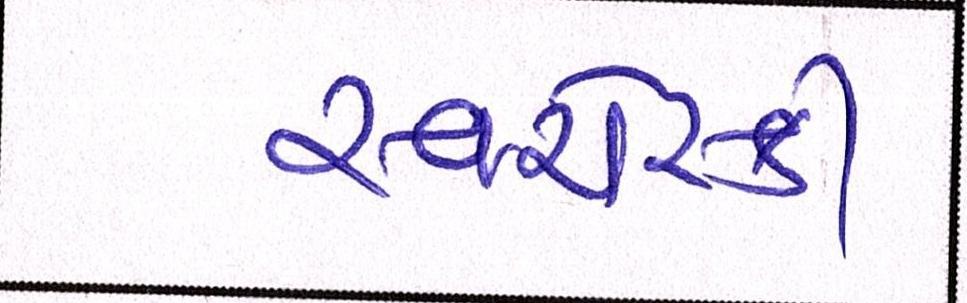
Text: સ્વરોસ્કી